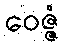
ဝေဇ္ဇံ